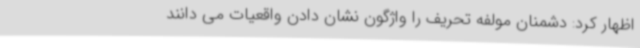
اظهار کرد: دشمنان مولفه تحریف را واژگون نشان دادن واقعیات می دانند